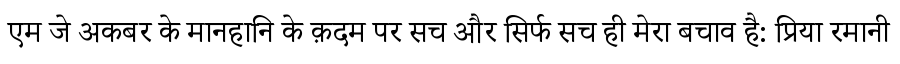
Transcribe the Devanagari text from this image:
एम जे अकबर के मानहानि के क़दम पर सच और सिर्फ सच ही मेरा बचाव है: प्रिया रमानी